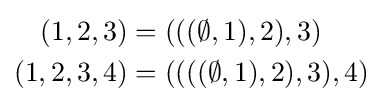
{\begin{aligned}(1,2,3)&=(((\emptyset ,1),2),3)\\(1,2,3,4)&=((((\emptyset ,1),2),3),4)\\\end{aligned}}